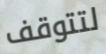
لتتوقف